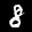
Digit: 8